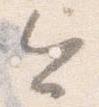
今